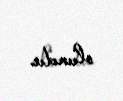
olundu.